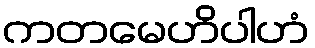
ကတမေဟိပါဟံ